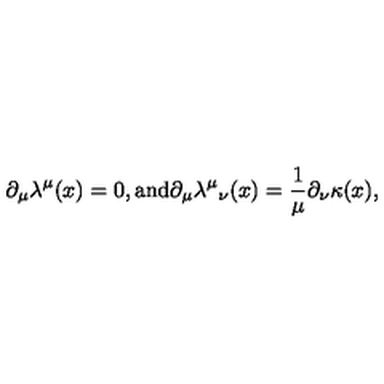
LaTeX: \partial _ { \mu } \lambda ^ { \mu } ( x ) = 0 , \mathrm { a n d } \partial _ { \mu } { \lambda ^ { \mu } } _ { \nu } ( x ) = \frac { 1 } { \mu } \partial _ { \nu } \kappa ( x ) ,